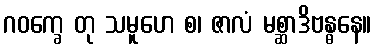
ဂဝက္ခေ တု သမူဟေ စ၊ ဇာလံ မစ္ဆာဒိဗန္ဓနေ။